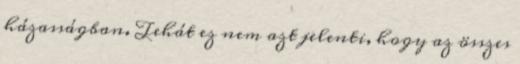
házasságban. Tehát ez nem azt jelenti, hogy az összes